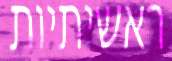
ראשיתיות